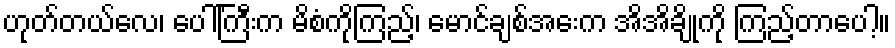
ဟုတ်တယ်လေ၊ ပေါ်ကြီးက မိစံကိုကြည့်၊ မောင်ချစ်အေးက အိအိချိုကို ကြည့်တာပေါ့။